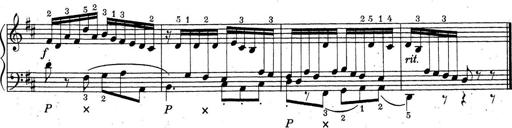
Title: ÄŒeskÃ© Sonatiny
Composer: Various